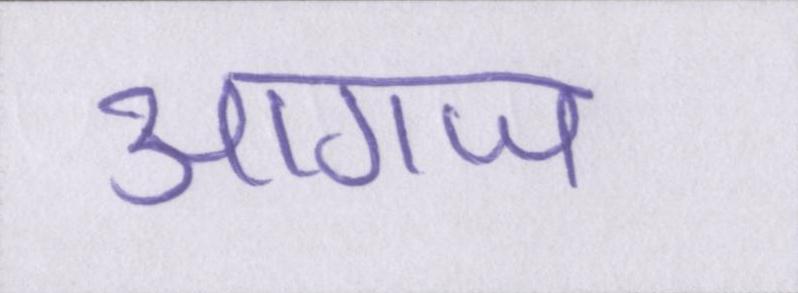
आगाज